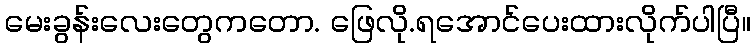
မေးခွန်းလေးတွေကတော. ဖြေလို.ရအောင်ပေးထားလိုက်ပါပြီ။